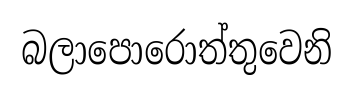
බලාපොරොත්තුවෙනි